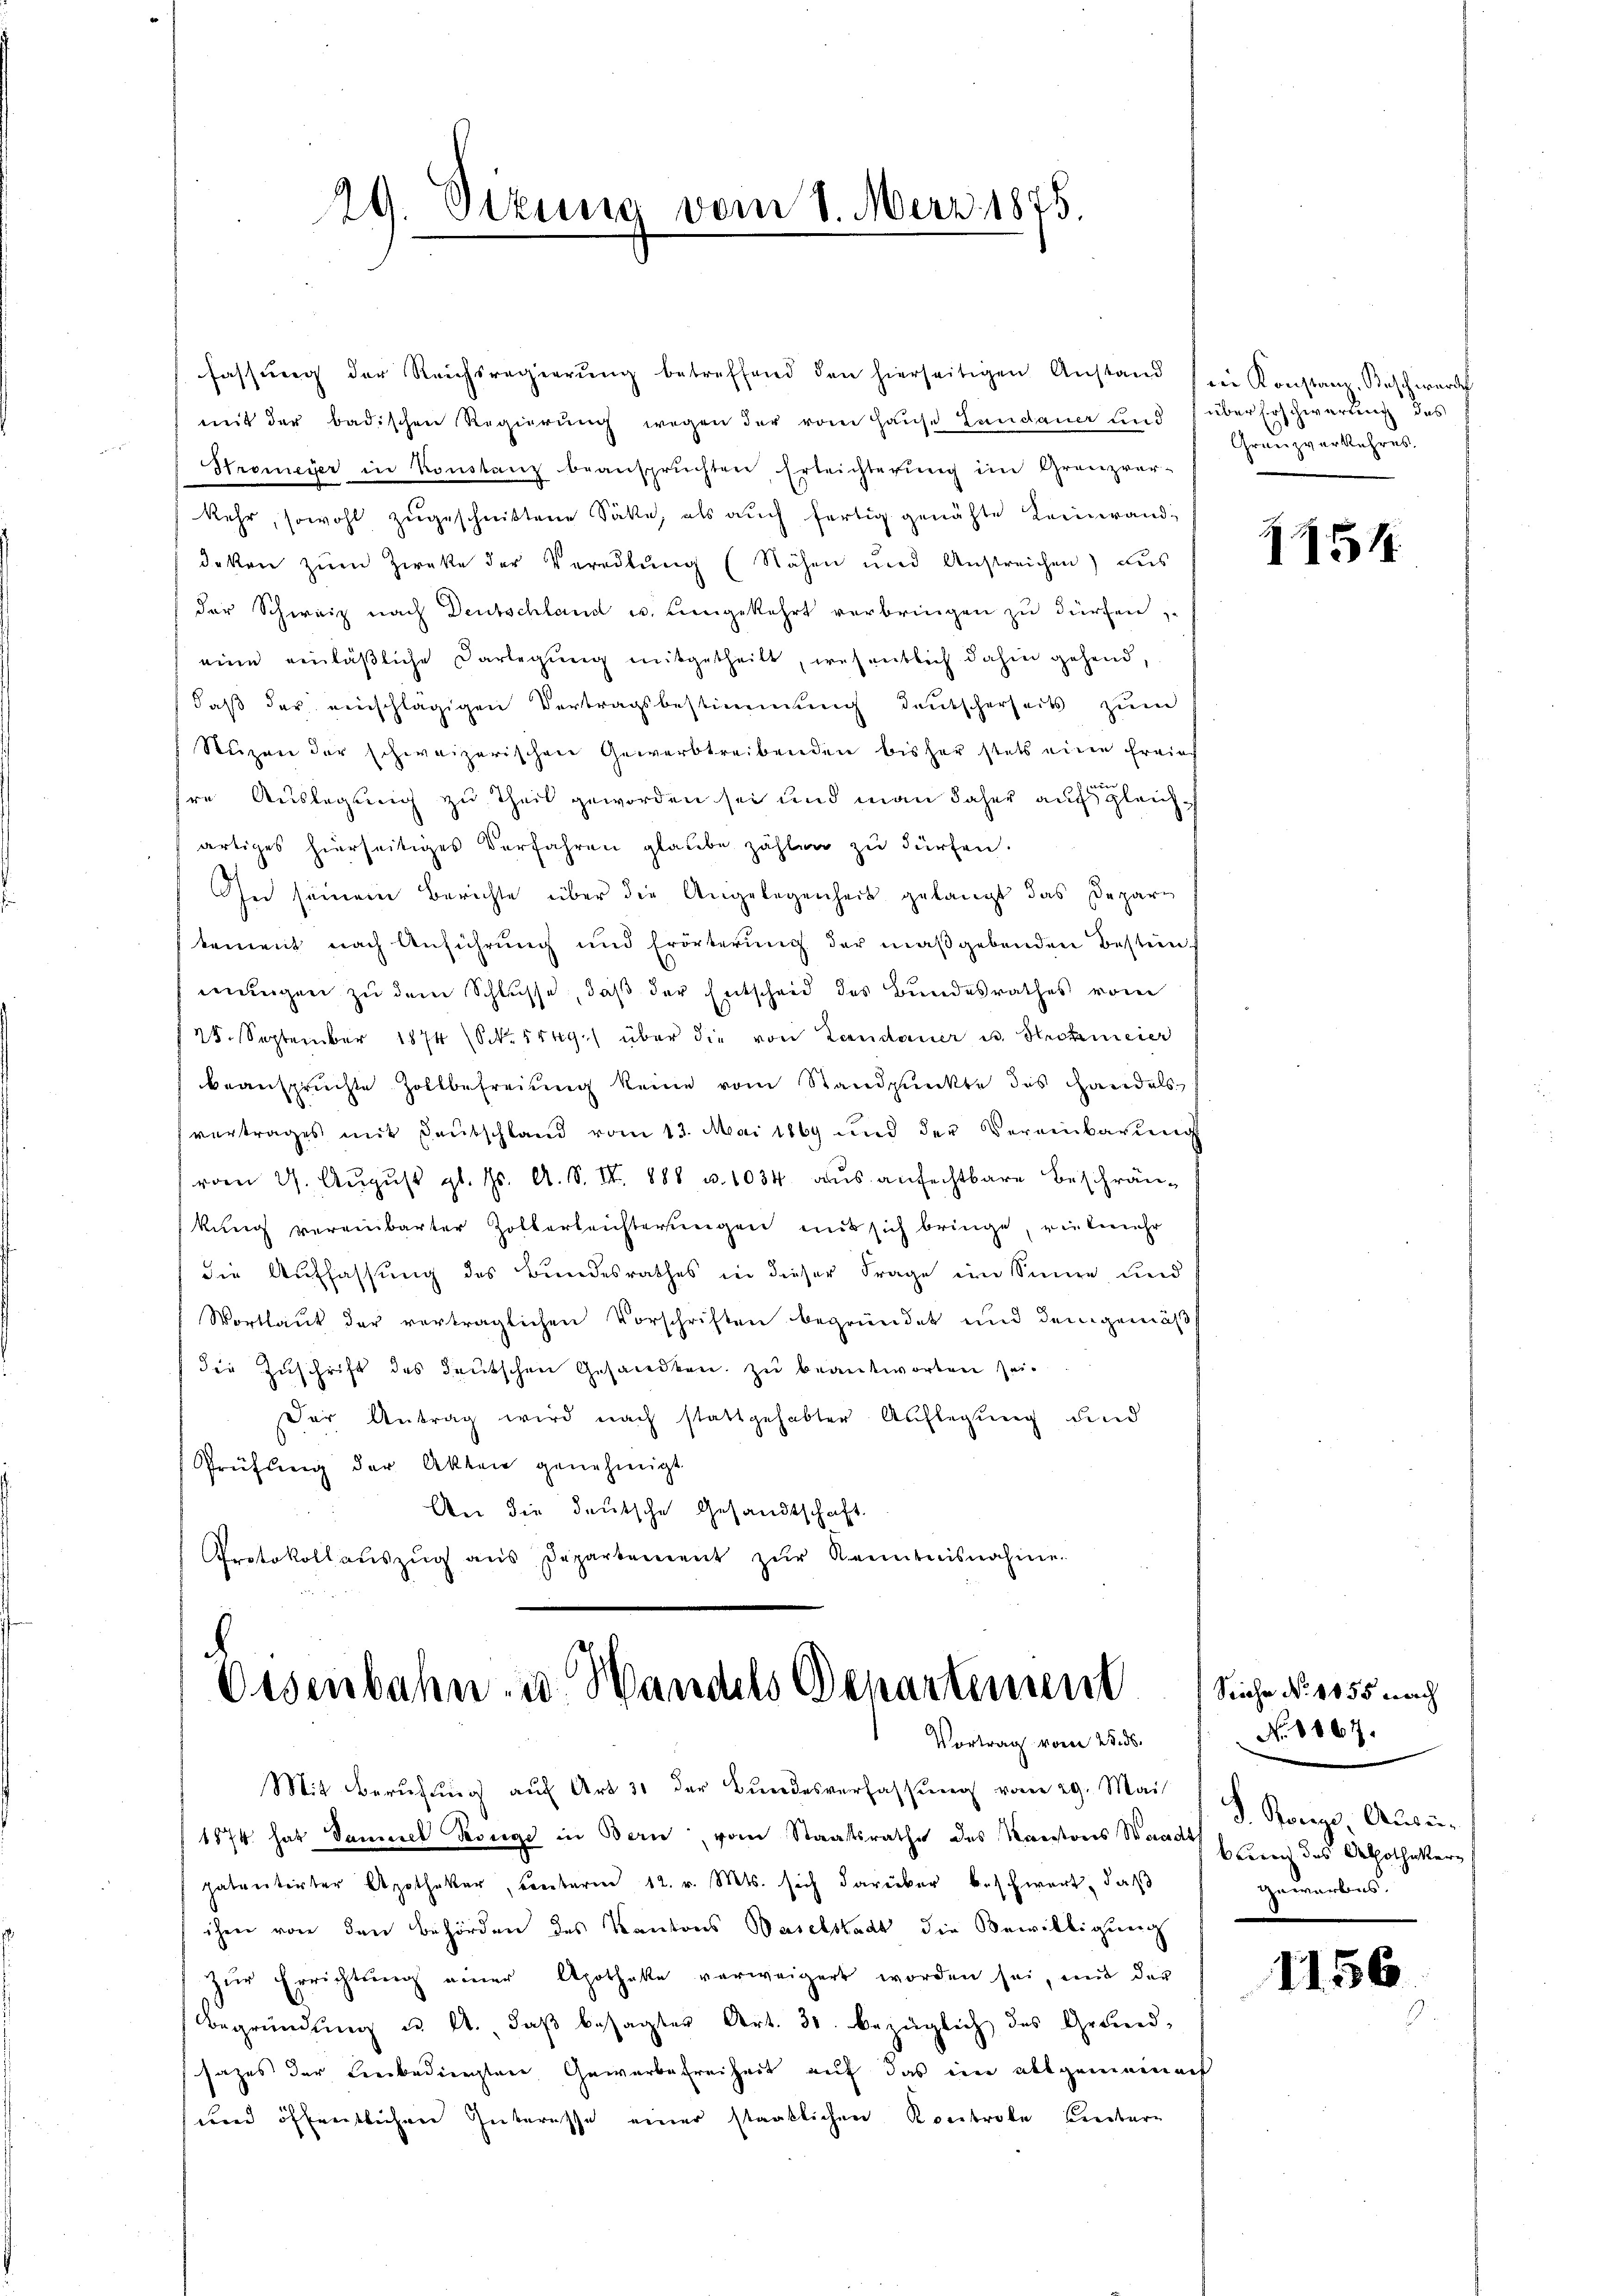
29. Dezung vom 1. März 1875.

fassŭng der Reichsregierŭng betreffend den hierseitigen Anstand ein Konstan. Beschwerde
mit der badischen Regierŭng wegen der vom Hause Landauer Lind überbeschwartung des
Stremeyer in Konstanz beansprüchten Erleichterŭng im Gränz(...)-
kehr, sowohl zŭgeschnittene Sätte, als aŭch fertig genähte Leinwand-
deken zum Zwecke der Vereitung (Nähen und Anstreichen) aus
der Schweiz nach Deutschland u. eingekehrt verbringen zu dürfen,
eine einläßliche Darlegung mitgetheilt, wesentlich dahin gehend,
daβ der einschlägigen Vertragsbestimmung deutscherheits zŭm
Stuzen der schweizerischen Gewerbtreibenden bisher stets eine Ernief
sre Auslegung zu Theil geworden sei und man daher auf gleichartiges hierseitiges Verfahren glaube zählen zu dürfen.
In seinem Berichte über die Angelegenheit gelangt das Deparkement nach Anführung und Erörterung der maßgebenden Bestein
mungen zu dem Schlusse, daß der Entscheid des Bundesrathes vom
25. September 1874 (S. 1149.) über die von Leendauer u. Strohmeier
beansprüchte Zollbefreiung keine vom Standpŭnkte das Handels
vertrages mit Deutschland vom 13. Mai 1869 und der Vereinbarŭngs
vom 27. Aŭgŭst gl. Js. A. S. III. 888 u. 1034. aŭs anfechtbare Beschrän-
kŭng vereinbarter Zollerleichterungen mit sich bringe, vielmehr
die Auffassung des Bundesrathes in dieser Frage im Sinne, und
Wortlaut der verträglichen Vorschriften begründet und dem gemäβ
die Zuschrift des deutschen Gesandten zu beantworten sei.
Der Antrag wird nach stattgehabter Auflegung und
Prüfung der Akten genehmigt
An die deutsche Gesandtschaft.
Protokoll aŭszŭg aŭs Departement zŭr Kenntnisnahme.

Oesenbahn- u. Wandels Benartemen
Vortrag vom 25. ds.
Mit Berufung auf Art 31 der Bundesverfassung vom 29. Mai

1874 hat Samuel Konge in Bern, vom Staatsrathe des Kantons Waadt mit des Abothekerpatentirter Apotheker, Lenterm 12. v. Mts. sich darüber beschwert, daβ
ihrer von den Behörden des Kantons Baselstadt die Bewilligung
zŭr Errichtŭng einer Apotheke verweigert worden sei, mit der
Begründung u. A. daβ besagter Art. 30. bezüglich des Grund-
sazes der Leebedingten Gewerbefreiheit auf das im allgemeinen
und öffentlichen Interesse einer stanklichen Kontrole Leiber¬

Granzverkehres.

1251

Seiche No. 1855 nach
No. 1867.
S. Konze, Ausgeunentes.

1156